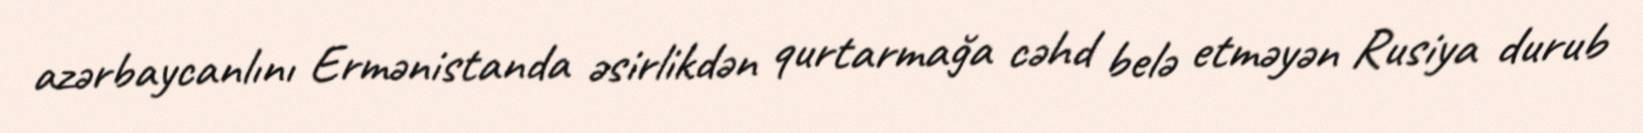
azərbaycanlını Ermənistanda əsirlikdən qurtarmağa cəhd belə etməyən Rusiya durub